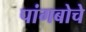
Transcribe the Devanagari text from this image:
पांगबोचे